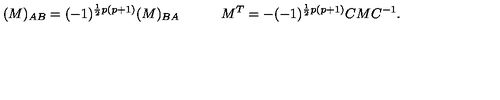
( M ) _ { A B } = ( - 1 ) ^ { \frac { 1 } { 2 } p ( p + 1 ) } ( M ) _ { B A } \qquad \quad M ^ { T } = - ( - 1 ) ^ { \frac { 1 } { 2 } p ( p + 1 ) } C M C ^ { - 1 } .